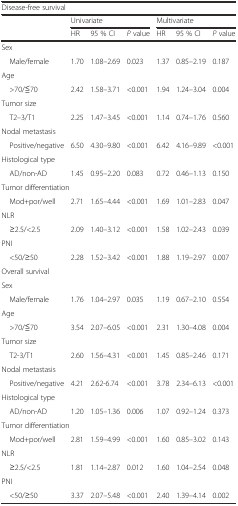
<table><thead><tr><td colspan="7"><b>Disease-free survival</b></td></tr><tr><td></td><td colspan="3"><b>Univariate</b></td><td colspan="3"><b>Multivariate</b></td></tr><tr><td></td><td><b>HR</b></td><td><b>95 % CI</b></td><td><b><i>P</i> value</b></td><td><b>HR</b></td><td><b>95 % CI</b></td><td><b><i>P</i> value</b></td></tr></thead><tbody><tr><td colspan="7">Sex</td></tr><tr><td> Male/female</td><td>1.70</td><td>1.08–2.69</td><td>0.023</td><td>1.37</td><td>0.85–2.19</td><td>0.187</td></tr><tr><td colspan="7">Age</td></tr><tr><td> &gt;70/≦70</td><td>2.42</td><td>1.58–3.71</td><td>&lt;0.001</td><td>1.94</td><td>1.24–3.04</td><td>0.004</td></tr><tr><td colspan="7">Tumor size</td></tr><tr><td> T2–3/T1</td><td>2.25</td><td>1.47–3.45</td><td>&lt;0.001</td><td>1.14</td><td>0.74–1.76</td><td>0.560</td></tr><tr><td colspan="7">Nodal metastasis</td></tr><tr><td> Positive/negative</td><td>6.50</td><td>4.30–9.80</td><td>&lt;0.001</td><td>6.42</td><td>4.16–9.89</td><td>&lt;0.001</td></tr><tr><td colspan="7">Histological type</td></tr><tr><td> AD/non-AD</td><td>1.45</td><td>0.95–2.20</td><td>0.083</td><td>0.72</td><td>0.46–1.13</td><td>0.150</td></tr><tr><td colspan="7">Tumor differentiation</td></tr><tr><td> Mod+por/well</td><td>2.71</td><td>1.65–4.44</td><td>&lt;0.001</td><td>1.69</td><td>1.01–2.83</td><td>0.047</td></tr><tr><td colspan="7">NLR</td></tr><tr><td> ≥2.5/&lt;2.5</td><td>2.09</td><td>1.40–3.12</td><td>&lt;0.001</td><td>1.58</td><td>1.02–2.43</td><td>0.039</td></tr><tr><td colspan="7">PNI</td></tr><tr><td> &lt;50/≥50</td><td>2.28</td><td>1.52–3.42</td><td>&lt;0.001</td><td>1.88</td><td>1.19–2.97</td><td>0.007</td></tr><tr><td colspan="7">Overall survival</td></tr><tr><td colspan="7">Sex</td></tr><tr><td> Male/female</td><td>1.76</td><td>1.04–2.97</td><td>0.035</td><td>1.19</td><td>0.67–2.10</td><td>0.554</td></tr><tr><td>Age</td><td></td><td></td><td></td><td></td><td></td><td></td></tr><tr><td> &gt;70/≦70</td><td>3.54</td><td>2.07–6.05</td><td>&lt;0.001</td><td>2.31</td><td>1.30–4.08</td><td>0.004</td></tr><tr><td colspan="7">Tumor size</td></tr><tr><td> T2-3/T1</td><td>2.60</td><td>1.56–4.31</td><td>&lt;0.001</td><td>1.45</td><td>0.85–2.46</td><td>0.171</td></tr><tr><td colspan="7">Nodal metastasis</td></tr><tr><td> Positive/negative</td><td>4.21</td><td>2.62-6.74</td><td>&lt;0.001</td><td>3.78</td><td>2.34–6.13</td><td>&lt;0.001</td></tr><tr><td colspan="7">Histological type</td></tr><tr><td> AD/non-AD</td><td>1.20</td><td>1.05–1.36</td><td>0.006</td><td>1.07</td><td>0.92–1.24</td><td>0.373</td></tr><tr><td colspan="7">Tumor differentiation</td></tr><tr><td> Mod+por/well</td><td>2.81</td><td>1.59–4.99</td><td>&lt;0.001</td><td>1.60</td><td>0.85–3.02</td><td>0.143</td></tr><tr><td colspan="7">NLR</td></tr><tr><td> ≥2.5/&lt;2.5</td><td>1.81</td><td>1.14–2.87</td><td>0.012</td><td>1.60</td><td>1.04–2.54</td><td>0.048</td></tr><tr><td colspan="7">PNI</td></tr><tr><td> &lt;50/≥50</td><td>3.37</td><td>2.07–5.48</td><td>&lt;0.001</td><td>2.40</td><td>1.39–4.14</td><td>0.002</td></tr></tbody></table>